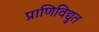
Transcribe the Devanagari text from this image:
प्राणिविद्युत